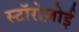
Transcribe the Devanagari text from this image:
स्टॉरोज़ोई